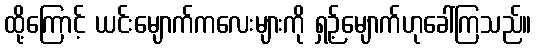
ထို့ကြောင့် ယင်းမျောက်ကလေးများကို ရှဉ့်မျောက်ဟုခေါ်ကြသည်။